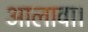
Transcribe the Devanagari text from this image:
आलावा।